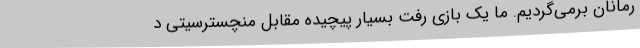
رمانان برمی‌گردیم. ما یک بازی رفت بسیار پیچیده مقابل منچسترسیتی د